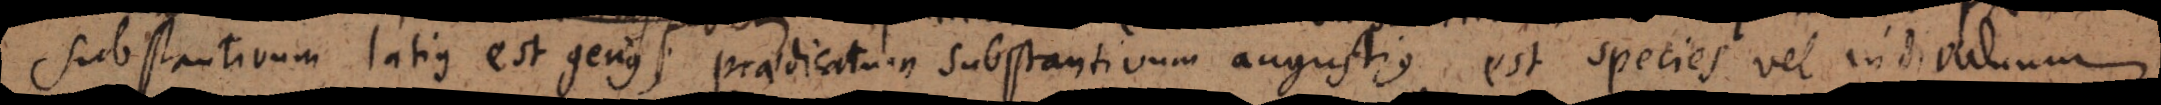
substantivum latius est genus; praedicatum substantivum angustius est species vel individuum;